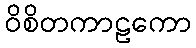
ဝိစိတကာဠကော